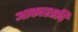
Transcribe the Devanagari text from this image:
आकाशादि